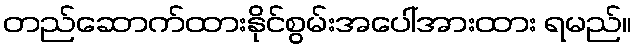
တည်ဆောက်ထားနိုင်စွမ်းအပေါ်အားထား ရမည်။